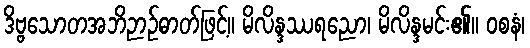
ဒိဗ္ဗသောတအဘိဉာဉ်ဓာတ်ဖြင့်။ မိလိန္ဒဿရညော၊ မိလိန္ဒမင်း၏။ ဝစနံ၊